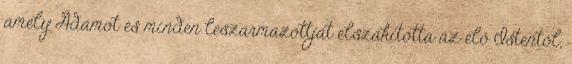
amely Ádámot és minden leszármazottját elszakította az élő Istentől,